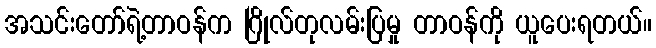
အသင်းတော်ရဲ့တာဝန်က ဂြိုလ်တုလမ်းပြမှု တာဝန်ကို ယူပေးရတယ်။